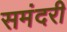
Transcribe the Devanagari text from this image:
समंदरी